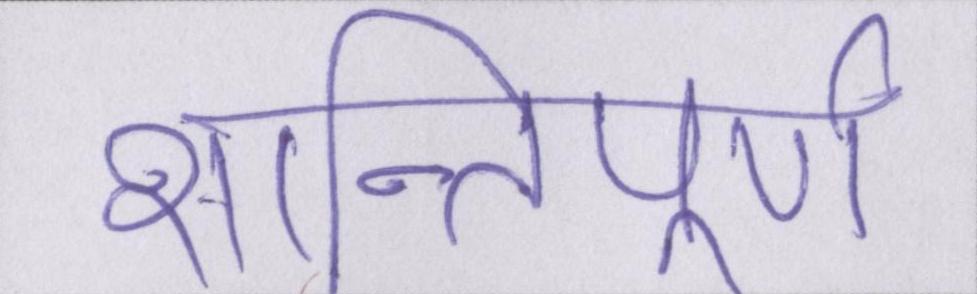
शान्तिपूर्ण